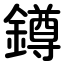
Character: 鐏